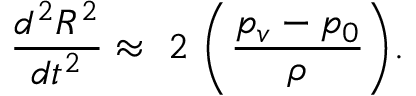
\frac { d ^ { 2 } R ^ { 2 } } { d t ^ { 2 } } \approx ~ 2 ~ \bigg ( \frac { p _ { v } - p _ { 0 } } { \rho } \bigg ) .